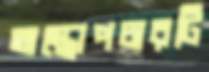
অস্ত্রোপচারটি